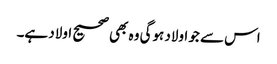
اس سے جو اولاد ہوگی وہ بھی صحیح اولاد ہے۔